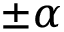
\pm \alpha